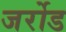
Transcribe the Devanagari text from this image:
जर्रोड